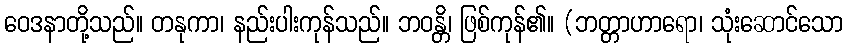
ဝေဒနာတို့သည်။ တနုကာ၊ နည်းပါးကုန်သည်။ ဘဝန္တိ၊ ဖြစ်ကုန်၏။ (ဘတ္တာဟာရော၊ သုံးဆောင်သော